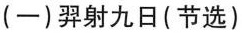
(一)羿射九日(节选)